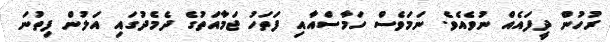
ރުހުން ދީފައެއް ނުވެއެވެ. ނަމަވެސް ހަމާސްއާއި ފަތަހު ޖަމާއަތުގެ ދެމެދުގައި އަލުން ފިތުނަ